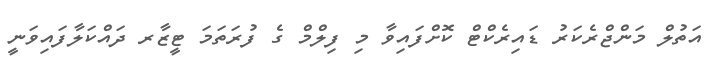
އަތުލް މަންޖްރެކަރު ޑައިރެކްޓް ކޮށްފައިވާ މި ފިލްމް ގެ ފުރަތަމަ ޓީޒާރ ދައްކަލާފައިވަނީ